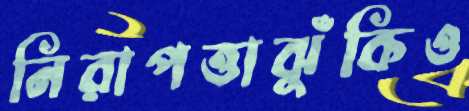
নিরাপত্তাঝুঁকিও